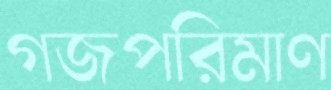
গজপরিমাণ